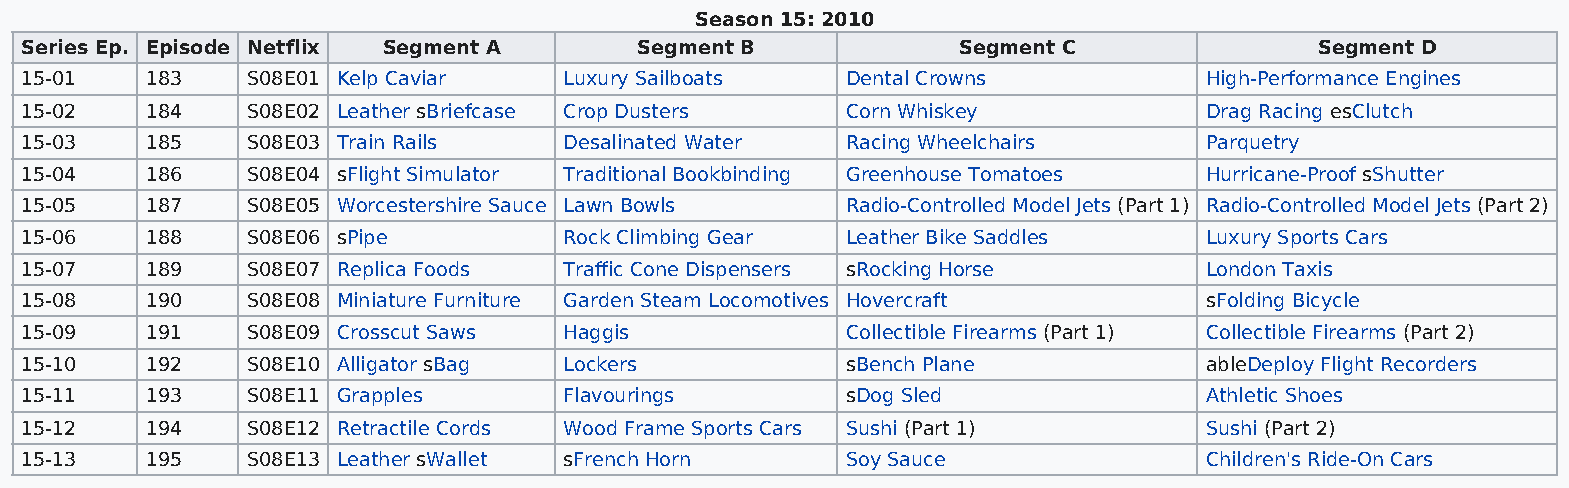
Season 15: 2010
 Series Ep. Episode Netflix Segment A     Segment B            Segment C               Segment D
 15-01    183   S08E01 Kelp Caviar   Luxury Sailboats   Dental Crowns           High-Performance Engines
 15-02    184   S08E02 Leather sBriefcase Crop Dusters  Corn Whiskey            Drag Racing esClutch
 15-03    185   S08E03 Train Rails   Desalinated Water  Racing Wheelchairs      Parquetry
 15-04    186   S08E04 sFlight Simulator Traditional Bookbinding Greenhouse Tomatoes Hurricane-Proof sShutter
 15-05    187   S08E05 Worcestershire Sauce Lawn Bowls  Radio-Controlled Model Jets (Part 1) Radio-Controlled Model Jets (Part 2)
 15-06    188   S08E06 sPipe         Rock Climbing Gear Leather Bike Saddles    Luxury Sports Cars
 15-07    189   S08E07 Replica Foods Traffic Cone Dispensers sRocking Horse     London Taxis
 15-08    190   S08E08 Miniature Furniture Garden Steam Locomotives Hovercraft  sFolding Bicycle
 15-09    191   S08E09 Crosscut Saws Haggis             Collectible Firearms (Part 1) Collectible Firearms (Part 2)
 15-10    192   S08E10 Alligator sBag Lockers           sBench Plane            ableDeploy Flight Recorders
 15-11    193   S08E11 Grapples      Flavourings        sDog Sled               Athletic Shoes
 15-12    194   S08E12 Retractile Cords Wood Frame Sports Cars Sushi (Part 1)   Sushi (Part 2)
 15-13    195   S08E13 Leather sWallet sFrench Horn     Soy Sauce               Children's Ride-On Cars